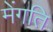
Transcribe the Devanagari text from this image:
मेंगति